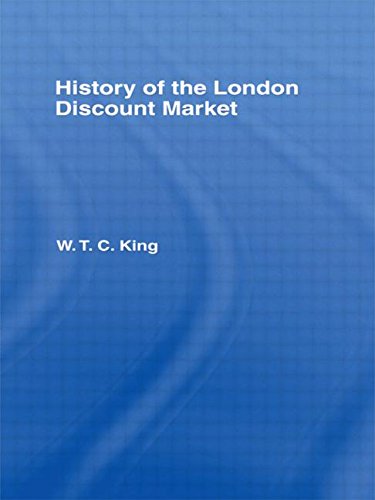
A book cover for History of the London Discount Market; W. T. C. King; Business & Money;